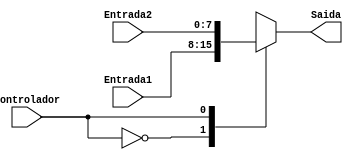
module Mux(Controlador,Entrada1, Entrada2, Saida);

input Controlador; 
input [7:0]Entrada1; 
input [7:0]Entrada2;
output reg [7:0] Saida;

always @(Controlador, Entrada1, Entrada2) begin //reevaluate if these change
 case (Controlador)
 0: Saida <= Entrada1;
 1: Saida <= Entrada2; 
 default: Saida <= 0;
 endcase
 end
endmodule